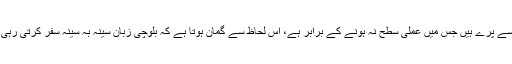
یہاں زبان کے ارتقائی سفر کے کنایات ہمارے تجربے سے پَرے ہیں جس میں عملی سطح نہ ہونے کے برابر ہے، اس لحاظ سے گُمان ہوتا ہے کہ بلوچی زبان سینہ بہ سینہ سفر کرتی رہی اور اس سے اُس کے الفاظ معروضیت میں ڈھلتے گئے۔